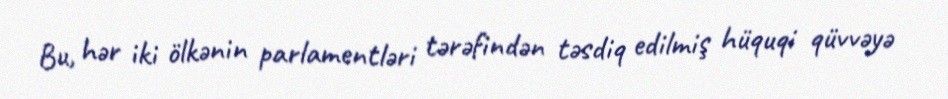
Bu, hər iki ölkənin parlamentləri tərəfindən təsdiq edilmiş hüquqi qüvvəyə